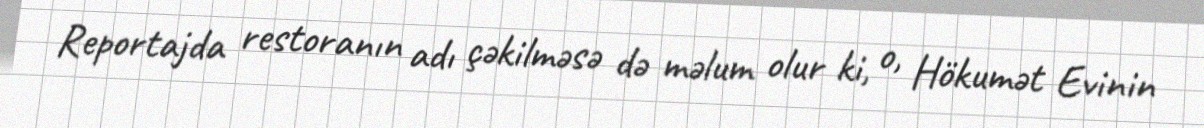
Reportajda restoranın adı çəkilməsə də məlum olur ki, o, Hökumət Evinin